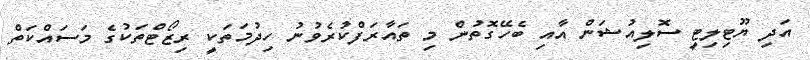
އަދި ޔޫޓިލިޓީ ސޮލިއުޝަން އާއި ބެހޭގޮތުން މި ތައާރަފްކުރެވުނު ހިދުމަތަކީ ރިޒޯޓްތަކުގެ މަސައްކަތް